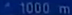
1000m